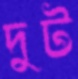
দুট